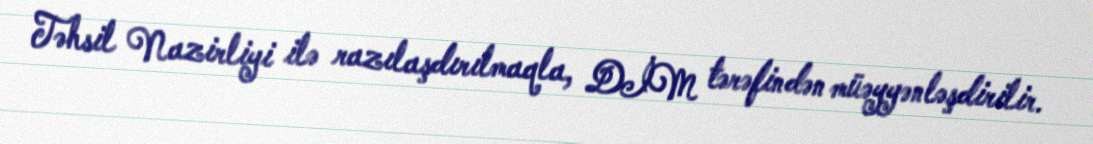
Təhsil Nazirliyi ilə razılaşdırılmaqla, DİM tərəfindən müəyyənləşdirilir.